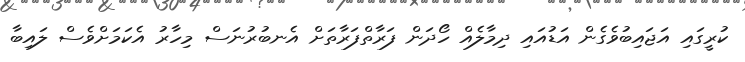
ކުރީގައި އަޖައިބުވެގެން އަޑުއައި ދިމާލެއް ހޯދަން ފަރާތްފަރާތަށް އެނބުރުނަސް މިހާރު އެކަމަށްވެސް ލައިބާ